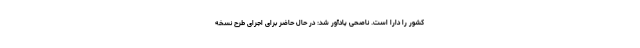
کشور را دارا است. ناصحی یادآور شد: در حال حاضر برای اجرای طرح نسخه